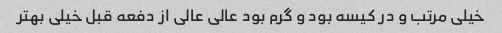
خیلی مرتب و در کیسه بود و گرم بود عالی عالی از دفعه قبل خیلی بهتر